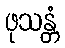
ဖုသန္တံ